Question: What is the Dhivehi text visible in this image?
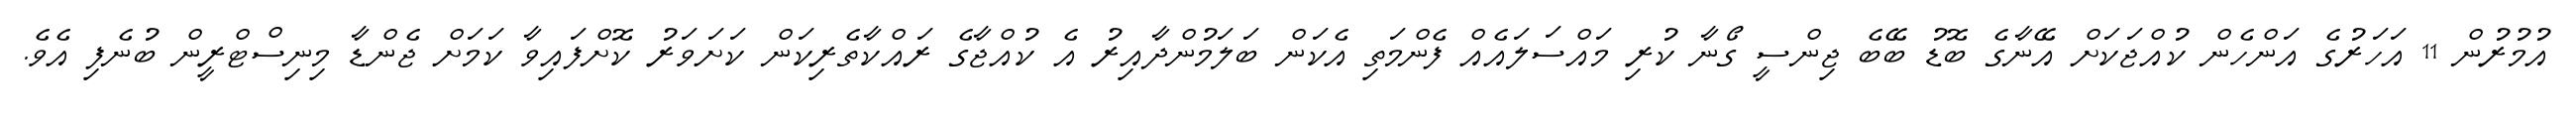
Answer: އުމުރުން 11 އަހަރުގެ އަންހެން ކުއްޖަކަށް އޭނާގެ ބޮޑު ބޭބެ ޖިންސީ ގޯނާ ކުރި މައްސަލައެއް ފެންމަތި އެކަން ބަލަމުންދާއިރު އެ ކުއްޖާގެ ރައްކާތެރިކަން ކަށަވަރު ކޮށްފައިވާ ކަމަށް ޖެންޑާ މިނިސްޓްރީން ބުނެފި އެވެ.